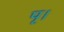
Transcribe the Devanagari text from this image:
पृ।